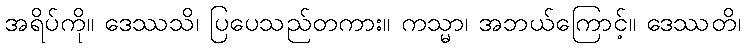
အရိပ်ကို။ ဒေဿသိ၊ ပြပေသည်တကား။ ကသ္မာ၊ အဘယ်ကြောင့်။ ဒေဿတိ၊